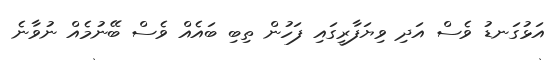
އަޅުގަނޑު ވެސް އަދި ވިޔަފާރީގައި ފަހުން ތިބި ބައެއް ވެސް ބޭނުމެއް ނުވާނެ